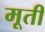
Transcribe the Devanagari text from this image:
मूतीं